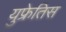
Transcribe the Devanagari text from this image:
युफ्रेतिस